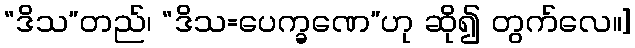
“ဒိသ”တည်၊ “ဒိသ=ပေက္ခဏေ”ဟု ဆို၍ တွက်လေ။]